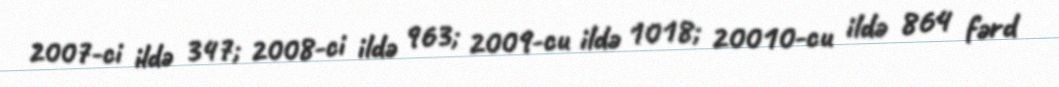
2007-ci ildə 347; 2008-ci ildə 963; 2009-cu ildə 1018; 20010-cu ildə 864 fərd